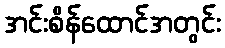
အင်းစိန်ထောင်အတွင်း